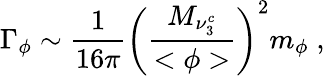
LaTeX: \Gamma_{\phi}\sim\frac{1}{16\pi}\left(\frac{M_{\nu_{3}^{c}}}{<\phi>}\right)^{2}m_{\phi}\; ,